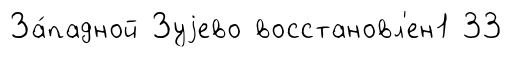
За́падной Зуjево восстановл'ен1 33